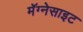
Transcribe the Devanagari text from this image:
मॅग्नेसाइट